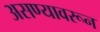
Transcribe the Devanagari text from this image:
असण्यावरून